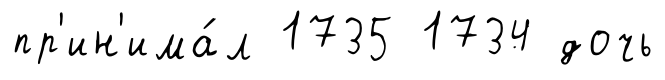
пр'ин'има́л 1735 1734 дочь